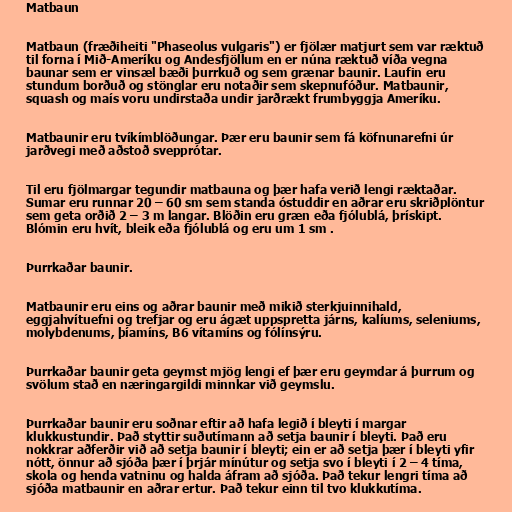
Matbaun

Matbaun (fræðiheiti "Phaseolus vulgaris") er fjölær matjurt sem var ræktuð
til forna í Mið-Ameríku og Andesfjöllum en er núna ræktuð víða vegna
baunar sem er vinsæl bæði þurrkuð og sem grænar baunir. Laufin eru
stundum borðuð og stönglar eru notaðir sem skepnufóður. Matbaunir,
squash og maís voru undirstaða undir jarðrækt frumbyggja Ameríku.

Matbaunir eru tvíkímblöðungar. Þær eru baunir sem fá köfnunarefni úr
jarðvegi með aðstoð svepprótar.

Til eru fjölmargar tegundir matbauna og þær hafa verið lengi ræktaðar.
Sumar eru runnar 20 – 60 sm sem standa óstuddir en aðrar eru skriðplöntur
sem geta orðið 2 – 3 m langar. Blöðin eru græn eða fjólublá, þrískipt.
Blómin eru hvít, bleik eða fjólublá og eru um 1 sm .

Þurrkaðar baunir.

Matbaunir eru eins og aðrar baunir með mikið sterkjuinnihald,
eggjahvítuefni og trefjar og eru ágæt uppspretta járns, kalíums, seleniums,
molybdenums, þíamíns, B6 vítamíns og fólínsýru.

Þurrkaðar baunir geta geymst mjög lengi ef þær eru geymdar á þurrum og
svölum stað en næringargildi minnkar við geymslu.

Þurrkaðar baunir eru soðnar eftir að hafa legið í bleyti í margar
klukkustundir. Það styttir suðutímann að setja baunir í bleyti. Það eru
nokkrar aðferðir við að setja baunir í bleyti; ein er að setja þær í bleyti yfir
nótt, önnur að sjóða þær í þrjár mínútur og setja svo í bleyti í 2 – 4 tíma,
skola og henda vatninu og halda áfram að sjóða. Það tekur lengri tíma að
sjóða matbaunir en aðrar ertur. Það tekur einn til tvo klukkutíma.